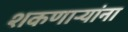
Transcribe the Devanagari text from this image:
शकणाऱ्यांना